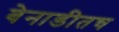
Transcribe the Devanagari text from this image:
बेनाडीतच